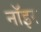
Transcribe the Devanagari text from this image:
नॉइर